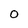
Character: O